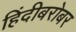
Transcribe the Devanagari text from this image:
हिंदीबरोबर